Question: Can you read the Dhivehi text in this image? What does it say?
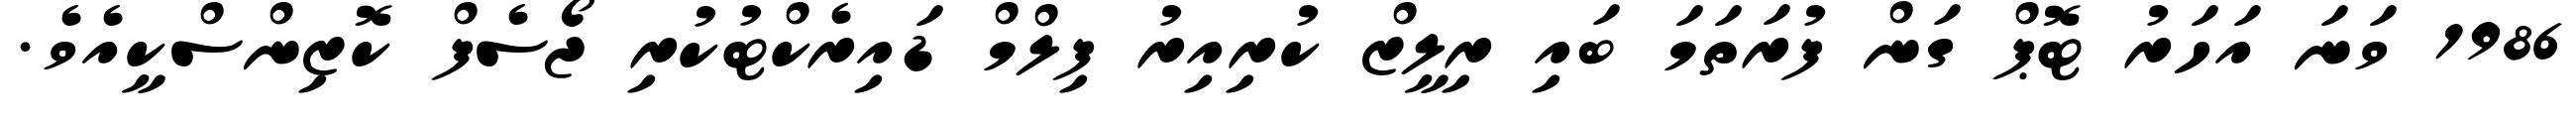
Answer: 1986 ވަނަ އަހަރު ޓޮޕް ގަން ފުރަތަމަ ބައި ރިލީޒް ކުރިއިރު ފިލްމް ޑައިރެކްޓުކުރި ޖޯސެފް ކޮޒިންސްކީއެވެ.